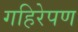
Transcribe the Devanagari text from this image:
गहिरेपण